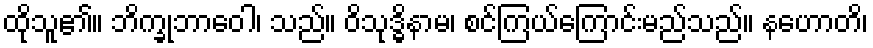
ထိုသူ၏။ ဘိက္ခုဘာဝေါ၊ သည်။ ဝိသုဒ္ဓိနာမ၊ စင်ကြယ်ကြောင်းမည်သည်။ နဟောတိ၊